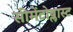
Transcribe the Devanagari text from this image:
सीमेंटोब्लास्ट